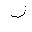
Letter: _zay